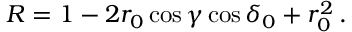
R = 1 - 2 r _ { 0 } \cos \gamma \cos \delta _ { 0 } + r _ { 0 } ^ { 2 } \, .